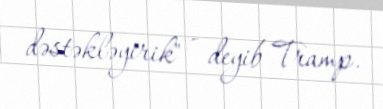
dəstəkləyirik" - deyib Tramp.